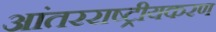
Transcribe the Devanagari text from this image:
आंतरराष्ट्रीयकरण